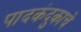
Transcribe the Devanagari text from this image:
पादकंदुकाचे